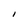
Character: I